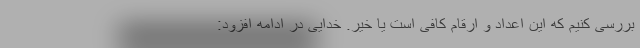
بررسی کنیم که این اعداد و ارقام کافی است یا خیر. خدایی در ادامه افزود: